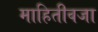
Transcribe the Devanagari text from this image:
माहितीवजा